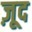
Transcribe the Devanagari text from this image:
ज़ूद